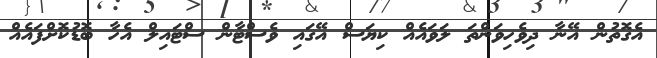
އެގޮތުން އޭނާ ދިވެހިވަންތަ ލަވައެއް ކިޔަސް އޭގައި ވެސްޓާން ސްޓައިލް އެހާ ބޮޑުކޮށްފައެއް